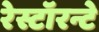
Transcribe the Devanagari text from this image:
रेस्टॉरन्टे